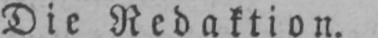
Die Redaktion.